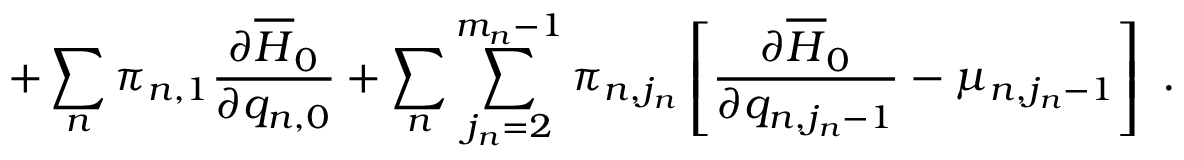
+ \sum _ { n } \pi _ { n , 1 } \frac { \partial \overline { { { H } } } _ { 0 } } { \partial q _ { n , 0 } } + \sum _ { n } \sum _ { j _ { n } = 2 } ^ { m _ { n } - 1 } \pi _ { n , j _ { n } } \left[ \frac { \partial \overline { { { H } } } _ { 0 } } { \partial q _ { n , j _ { n } - 1 } } - \mu _ { n , j _ { n } - 1 } \right] \ .